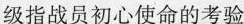
级指战员初心使命的考验